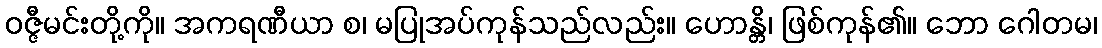
ဝဇ္ဇီမင်းတို့ကို။ အကရဏီယာ စ၊ မပြုအပ်ကုန်သည်လည်း။ ဟောန္တိ၊ ဖြစ်ကုန်၏။ ဘော ဂေါတမ၊